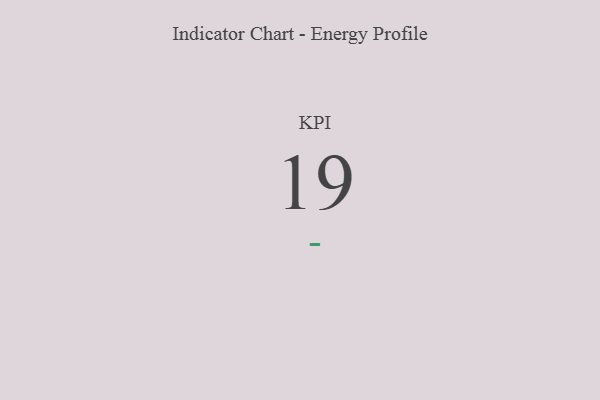
{"axis": {"x": "KPI", "y": "Value"}, "legend": [""], "data": [{"x": "KPI", "y": 19, "type": ""}]}